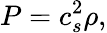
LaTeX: P=c_{s}^{2}\rho,